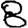
Digit: 8